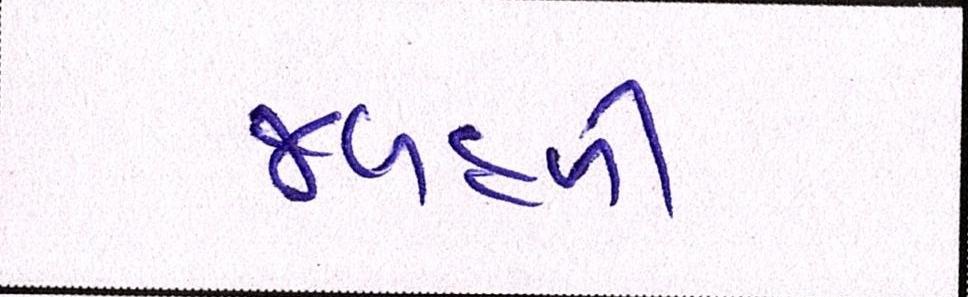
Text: જળહળી